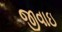
જીવાઇ